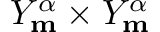
Y _ { \mathbf { m } } ^ { \alpha } \times Y _ { \mathbf { m } } ^ { \alpha }